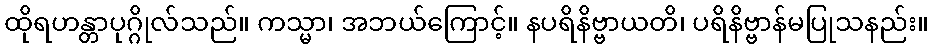
ထိုရဟန္တာပုဂ္ဂိုလ်သည်။ ကသ္မာ၊ အဘယ်ကြောင့်။ နပရိနိဗ္ဗာယတိ၊ ပရိနိဗ္ဗာန်မပြုသနည်း။